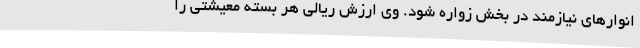
انوارهای نیازمند در بخش زواره شود. وی ارزش ریالی هر بسته معیشتی را